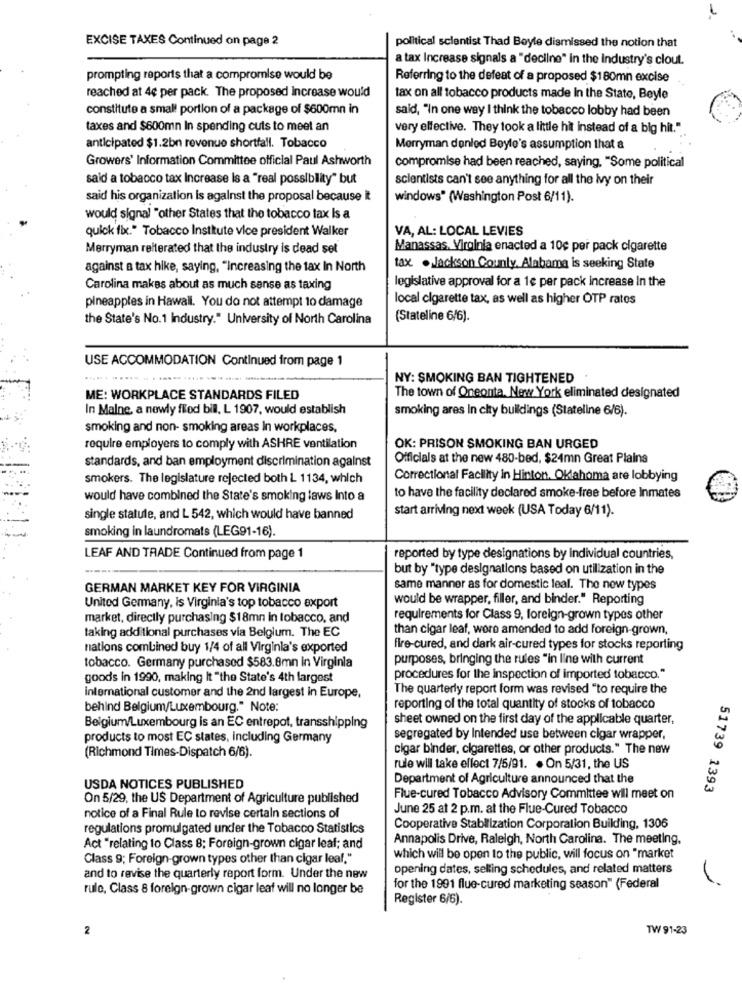
-
EXCISE TAXES Continued on page 2
political scientist Thad Boyle dismissed the notion that
a tax Increase signals a "decline" in the Industry's clout.
prompting reports that a compromise would be
Referring to the defeat of a proposed $180mn excise
reached at 4e per pack. The proposed Increase would
tax on all tobacco products made In the State, Beyle
constitute a small portion of a package of $600mn in
said, "In one way I think the tobacco lobby had been
taxes and $600mn In spending cuts to meet an
very effective. They took a little hit instead of a big hit."
anticipated $1.2bn revenue shortfall. Tobacco
Merryman donlod Boyle's assumption that &
Growers' Information Committee official Paul Ashworth
compromise had been reached, saying. "Some political
said a tobacco tax Increase Is a "real possibility" but
scientists can't see anything for all the ivy on their
said his organization is against the proposal because it
windows" (Washington Post 6/11).
would signal "other States that the tobacco tax Is a
quick fix." Tobacco Institute vice president Walker
VA, AL: LOCAL LEVIES
Merryman reiterated that the industry is dead set
Manassas, Virginia enacted a 10¢ per pack cigarette
against a tax hike, saying, "increasing the tax In North
tax . Jackson County, Alabama is seeking State
legislative approval for a 1e per pack increase In the
Carolina makes about as much sense as taxing
local cigarette tax, as well as higher OTP rates
pineapples in Hawall. You do not attempt 10 damage
the State's No.1 Industry." University of North Carolina
(Stateline 6/6).
USE ACCOMMODATION Continued from page 1
NY: SMOKING BAN TIGHTENED
ME: WORKPLACE STANDARDS FILED
The town of Oneonta. New York eliminated designated
In Malne, a newly flod bill, L 1907, would establish
smoking ares In city buildings (Stateline 6/6).
smoking and non- smoking areas In workplaces,
require employers to comply with ASHRE ventilation
OK: PRISON SMOKING BAN URGED
Officials at the new 480-bed, $24mn Great Plains
standards, and ban employment discrimination against
smokers. The legislature rejected both L 1134, which
Correctional Facility in Hinton, Oklahoma are lobbying
would have combined the State's smoking laws Into a
to have the facility declared smoke-free before inmates
start arriving next week (USA Today 6/11).
single statule, and L 542, which would have banned
smoking in laundromats (LEG91-16).
LEAF AND TRADE Continued from page 1
reported by type designations by individual countries,
but by "type designations based on utilization in the
GERMAN MARKET KEY FOR VIRGINIA
same manner as for domestic leal. The now types
would be wrapper, filler, and binder." Reporting
United Germany, is Virginia's top tobacco export
market, directly purchasing $18mn in tobacco, and
requirements for Class 9, foreign-grown types other
taking additional purchases via Belgium. The EC
than cigar leaf, wore amended to add foreign-grown,
nations combined buy 1/4 of all Virginia's exported
fire-cured, and dark air-cured types for stocks reporting
purposes, bringing the rules "in line with current
tobacco. Germany purchased $583.8mn In Virginia
goods in 1990, making It "the State's 4th largest
procedures for the inspection of imported tobacco."
The quarterly report form was revised "to require the
international customer and the 2nd largest in Europe,
behind Belgium/Luxembourg." Note:
reporting of the total quantity of stocks of tobacco
sheet owned on the first day of the applicable quarter,
Belgium/Luxembourg is an EC entrepot, transshipping
products to most EC states, Including Germany
segregated by Intended use between cigar wrapper,
cigar binder, cigarettes, or other products." The new
(Richmond Times-Dispatch 6/6).
rule will take effect 7/5/91. . On 5/31, the US
Department of Agriculture announced that the
USDA NOTICES PUBLISHED
51739 1393
On 5/29, the US Department of Agriculture published
Flue-cured Tobacco Advisory Committee will meet on
June 25 at 2 p.m. at the Flue-Cured Tobacco
notice of a Final Rule to revise certain sections of
regulations promulgated under the Tobacco Statistics
Cooperative Stabilization Corporation Building, 1306
Annapolis Drive, Raleigh, North Carolina. The meeting,
Act "relating to Class 8; Foreign-grown cigar leaf; and
Class 9; Foreign-grown types other than cigar leal."
which will be open to the public, will focus on "market
opening dates, selling schedules, and related matters
and to revise the quarterly report form. Under the new
rulo, Class 8 foreign-grown cigar leaf will no longer be
for the 1991 flue-cured marketing season" (Federal
Register 6/6).
2
TW 91-23